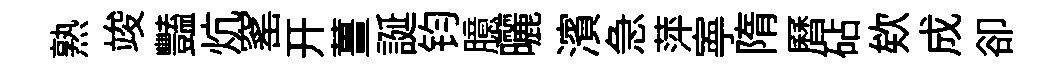
熟竣豔炕窰开薑誕钧臆曬濱急萍寕隋曆砧欸成卻